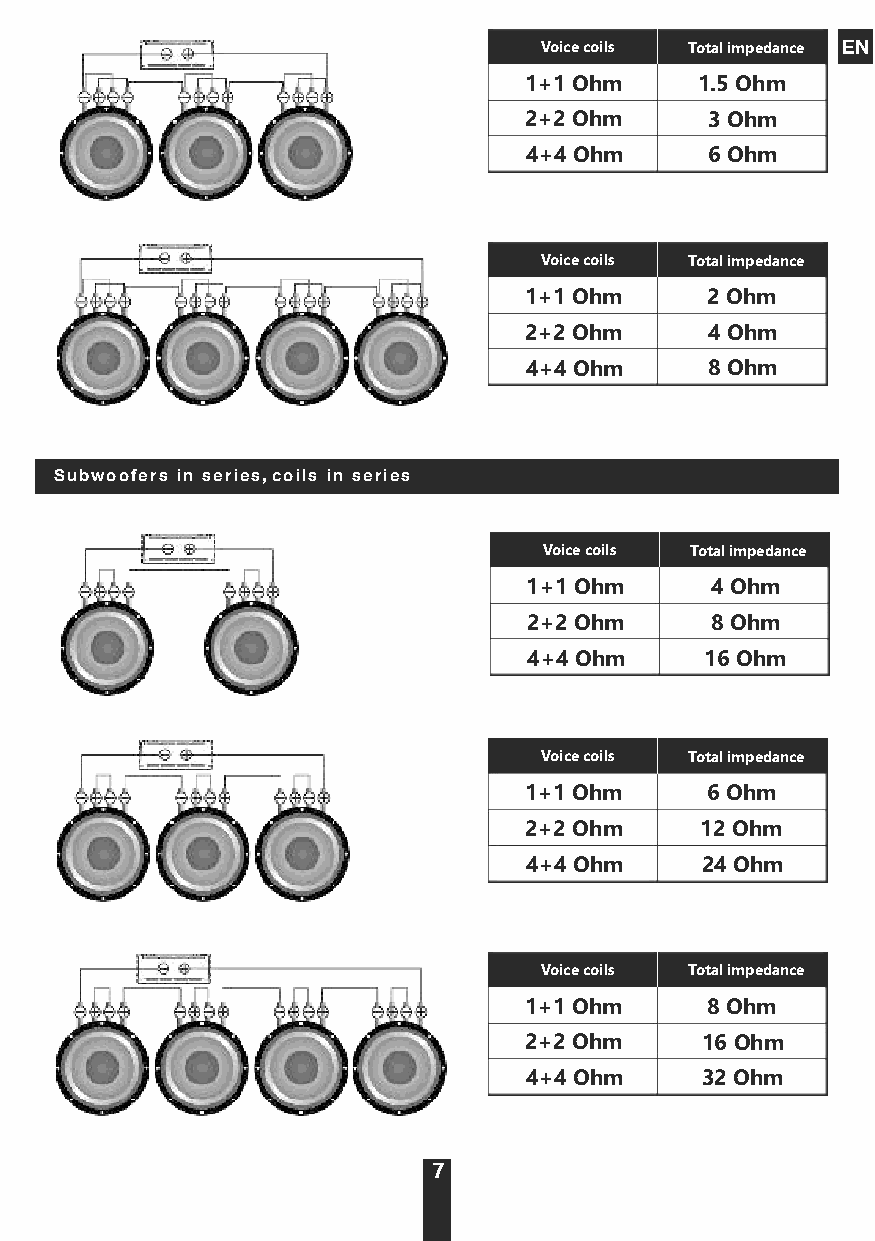
Voice coils Total impedance EN
 1+1 Ohm    1.5 Ohm
 2+2 Ohm     3 Ohm
 4+4 Ohm     6 Ohm
 Voice coils Total impedance
 1+1 Ohm     2 Ohm
 2+2 Ohm     4 Ohm
 4+4 Ohm     8 Ohm
 Subwoofers in series, coils in series
 Voice coils Total impedance
 1+1 Ohm     4 Ohm
 2+2 Ohm     8 Ohm
 4+4 Ohm     16 Ohm
 Voice coils Total impedance
 1+1 Ohm     6 Ohm
 2+2 Ohm    12 Ohm
 4+4 Ohm    24 Ohm
 Voice coils Total impedance
 1+1 Ohm     8 Ohm
 2+2 Ohm    16 Ohm
 4+4 Ohm    32 Ohm
 7